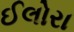
ઈલોરા